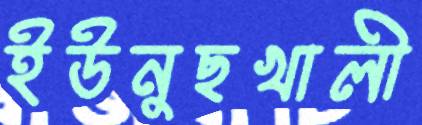
ইউনুছখালী